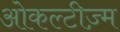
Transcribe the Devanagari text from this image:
ओकल्टीज़्म